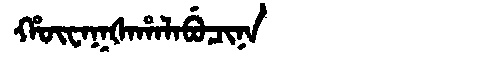
Manchu: ᡥᡡᠸᠠᡴᡧᠠᡥᠠᠯᠠᠪᡠᠴᡳᠨᠠ
Romanization: HŪWAKŠAHALABUCINA